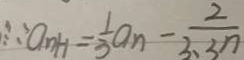
: \because a _ { n + 1 } = \frac { 1 } { 3 } a _ { n } - \frac { 2 } { 3 \cdot 3 n }